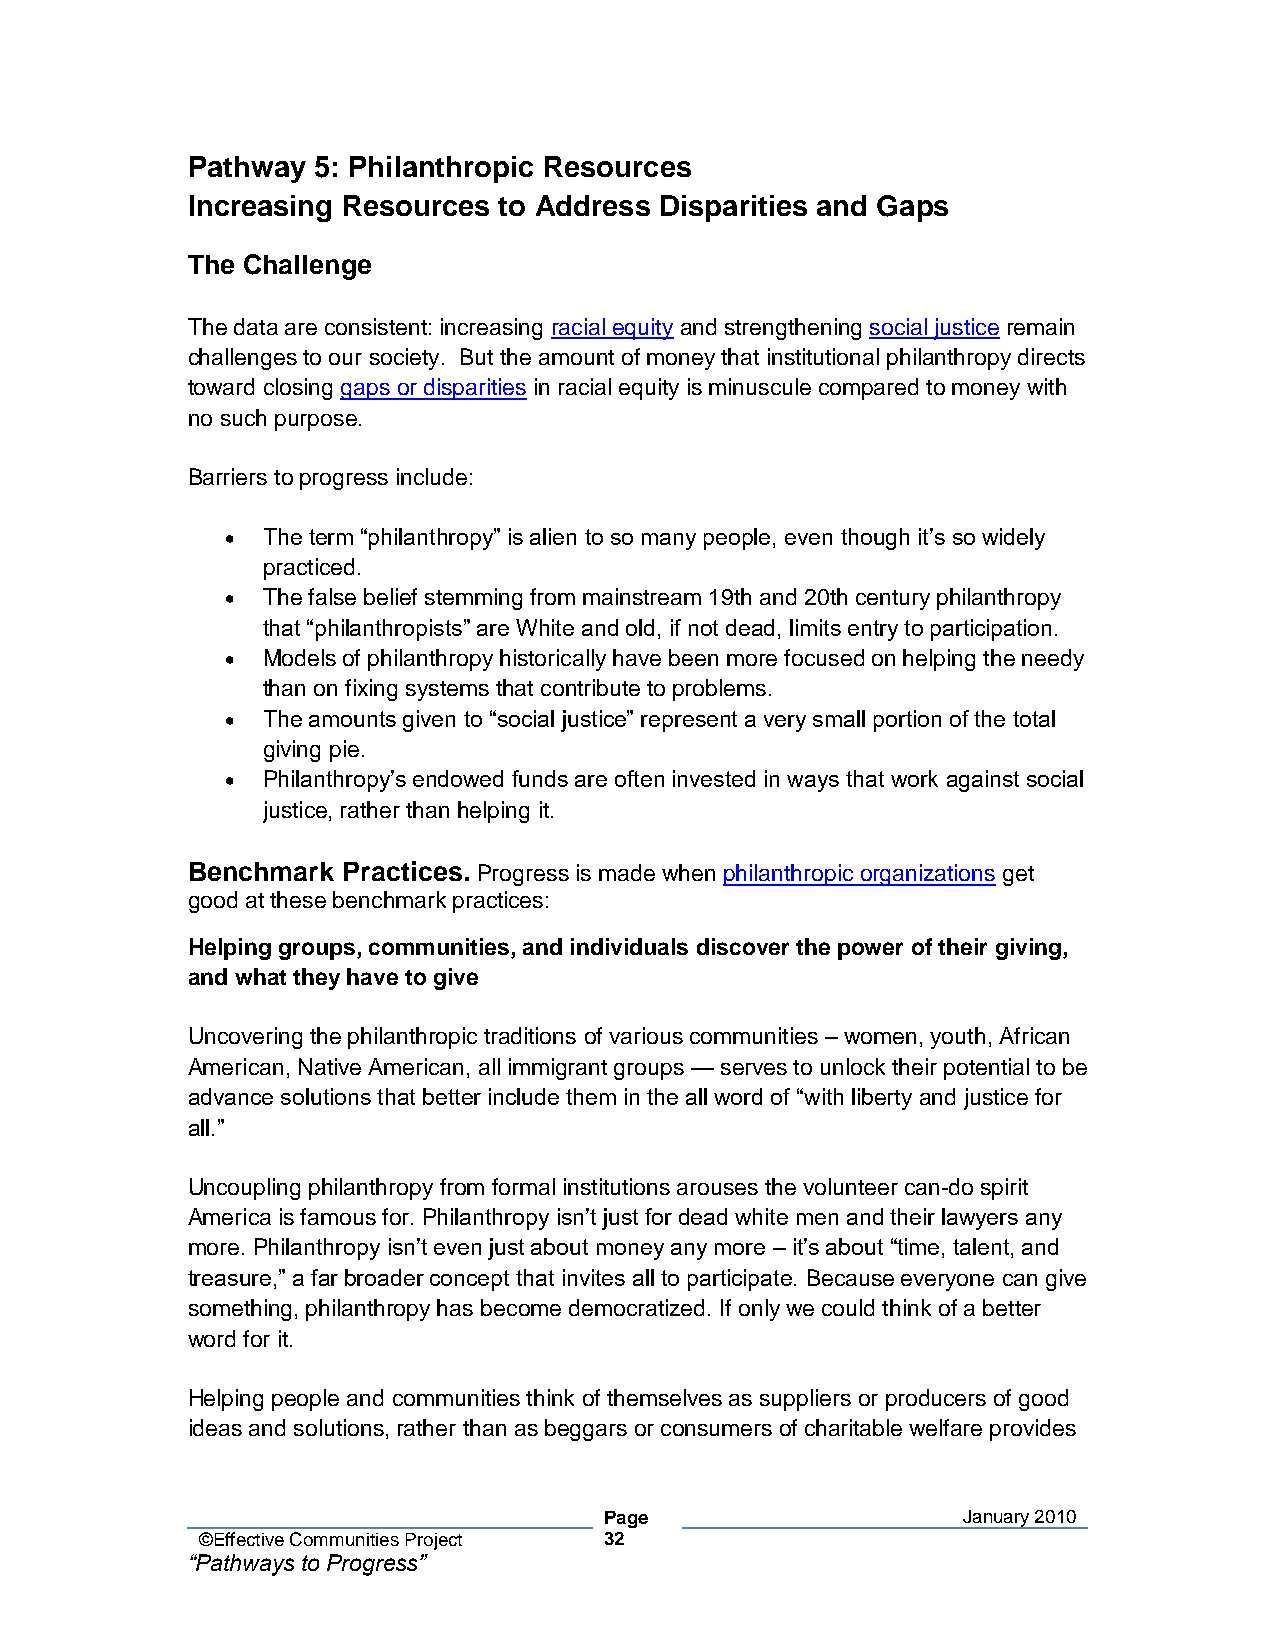
Pathway  5: Philanthropic Resources
 Increasing Resources to Address Disparities and Gaps
 The Challenge
 The data are consistent: increasing racial equity and strengthening social justice remain
 challenges to our society. But the amount of money that institutional philanthropy directs
 toward closing gaps or disparities in racial equity is minuscule compared to money with
 no such purpose.
 Barriers to progress include:
 • The term “philanthropy” is alien to so many people, even though it’s so widely
 practiced.
 • The false belief stemming from mainstream 19th and 20th century philanthropy
 that “philanthropists” are White and old, if not dead, limits entry to participation.
 • Models of philanthropy historically have been more focused on helping the needy
 than on fixing systems that contribute to problems.
 • The amounts given to “social justice” represent a very small portion of the total
 giving pie.
 • Philanthropy’s endowed funds are often invested in ways that work against social
 justice, rather than helping it.
 Benchmark  Practices. Progress is made when philanthropic organizations get
 good at these benchmark practices:
 Helping groups, communities, and individuals discover the power of their giving,
 and what they have to give
 Uncovering the philanthropic traditions of various communities – women, youth, African
 American, Native American, all immigrant groups — serves to unlock their potential to be
 advance solutions that better include them in the all word of “with liberty and justice for
 all.”
 Uncoupling philanthropy from formal institutions arouses the volunteer can-do spirit
 America is famous for. Philanthropy isn’t just for dead white men and their lawyers any
 more. Philanthropy isn’t even just about money any more – it’s about “time, talent, and
 treasure,” a far broader concept that invites all to participate. Because everyone can give
 something, philanthropy has become democratized. If only we could think of a better
 word for it.
 Helping people and communities think of themselves as suppliers or producers of good
 ideas and solutions, rather than as beggars or consumers of charitable welfare provides
 Page                    January 2010
 ©Effective Communities Project 32
 “Pathways to Progress”